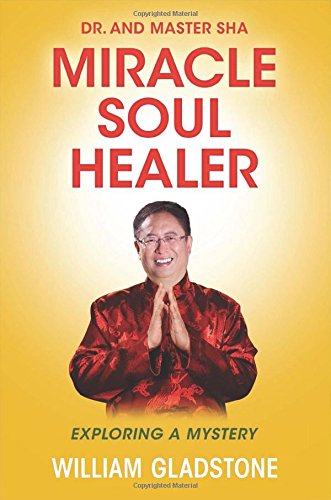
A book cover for Dr. and Master Sha: Miracle Soul Healer: Exploring a Mystery; William Gladstone; Religion & Spirituality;